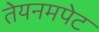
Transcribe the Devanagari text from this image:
तेयनमपेट